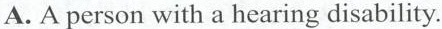
A.A person with a hearing disability.